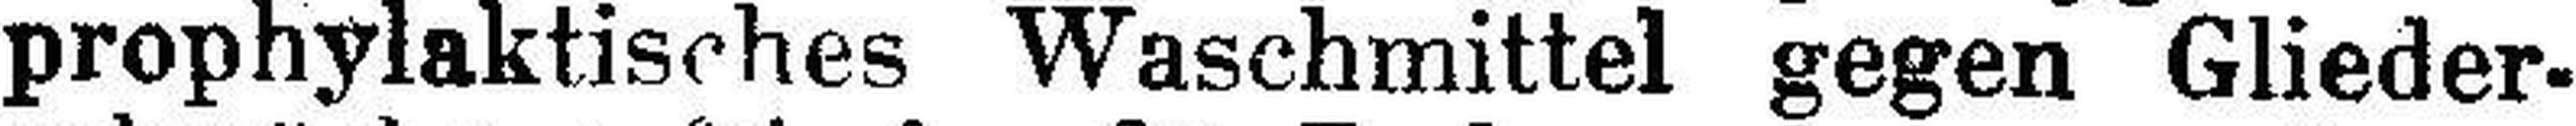
prophylaktisches Waschmittel gegen Glieder¬